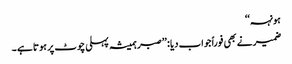
ہونہہ‘‘
ضمیرنے بھی فوراً جواب دیا : ’’صبر ہمیشہ پہلی چوٹ پر ہوتا ہے ۔